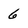
Character: 6